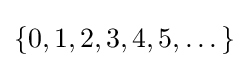
\{0,1,2,3,4,5,\dots \}